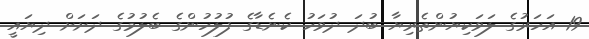
19 އަހަރުގެ ލަވަކިޔުންތެރިޔާ ބުދަ ދުވަހު ކެނެޑާގެ ފުލުހުންގެ ބެލުމުގެ ދަށަށް ދިޔައީ